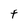
Character: t